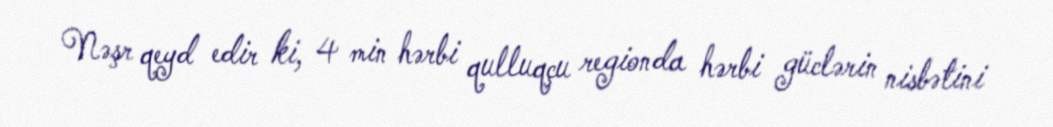
Nəşr qeyd edir ki, 4 min hərbi qulluqçu regionda hərbi güclərin nisbətini